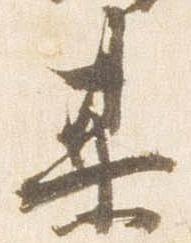
某